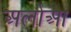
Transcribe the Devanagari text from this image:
अलोआ